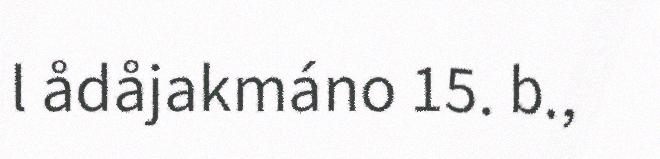
l ådåjakmáno 15. b.,